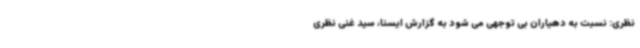
نظری: نسبت به دهیاران بی توجهی می شود به گزارش ایسنا، سید غنی نظری